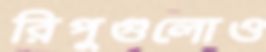
রিপুগুলোও